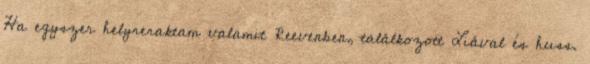
Ha egyszer helyreraktam valamit Reevenben, találkozott Liával és huss.